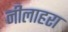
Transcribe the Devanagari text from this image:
नीलाहरा